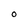
Character: O